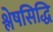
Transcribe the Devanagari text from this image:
श्लेषसिद्धि